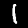
Digit: 1